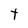
Character: T